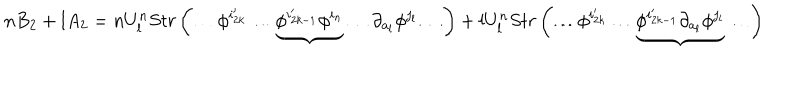
LaTeX: n B _ { 2 } + l A _ { 2 } = n U _ { l } ^ { n } S t r \left( \ldots \phi ^ { i _ { 2 k } ^ { \prime } } \ldots \underbrace { \phi ^ { i _ { 2 k - 1 } ^ { \prime } } \phi ^ { i _ { n } } } \ldots \partial _ { a _ { l } } \phi ^ { j _ { l } } \ldots \right) + l U _ { l } ^ { n } S t r \left( \ldots \phi ^ { i _ { 2 k } ^ { \prime } } \ldots \underbrace { \phi ^ { i _ { 2 k - 1 } ^ { \prime } } \partial _ { a _ { l } } \phi ^ { j _ { l } } } \ldots \right)